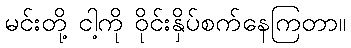
မင်းတို့ ငါ့ကို ဝိုင်းနှိပ်စက်နေကြတာ။